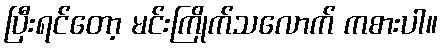
ပြီးရင်တော့ မင်းကြိုက်သလောက် ကစားပါ။